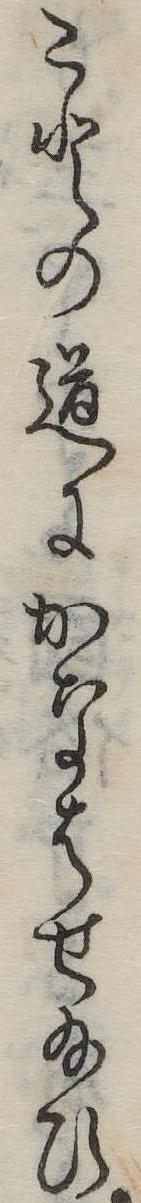
ことの道にかなはせ給ひ